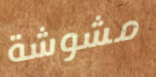
مشوشة